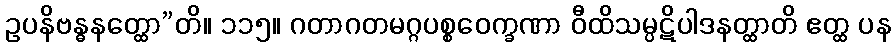
ဥပနိဗန္ဓနတ္ထော”တိ။ ၁၁၅။ ဂတာဂတမဂ္ဂပစ္စဝေက္ခဏာ ဝီထိသမ္ပဋိပါဒနတ္ထာတိ ဧတ္ထ ပန